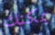
يمكنك